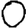
Digit: 0